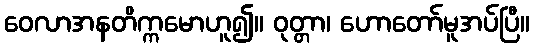
ဝေလာအနတိက္ကမောဟူ၍။ ဝုတ္တာ၊ ဟောတော်မူအပ်ပြီ။